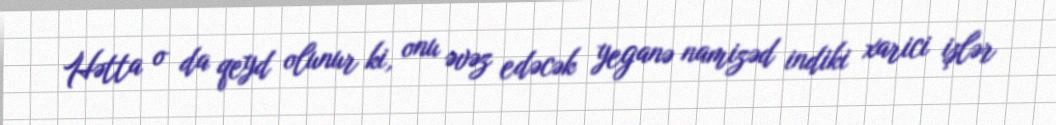
Hətta o da qeyd olunur ki, onu əvəz edəcək yeganə namizəd indiki xarici işlər